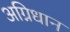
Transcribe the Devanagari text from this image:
अग्निधान